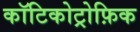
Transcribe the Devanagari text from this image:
कॉटिकोट्रोफ़िक